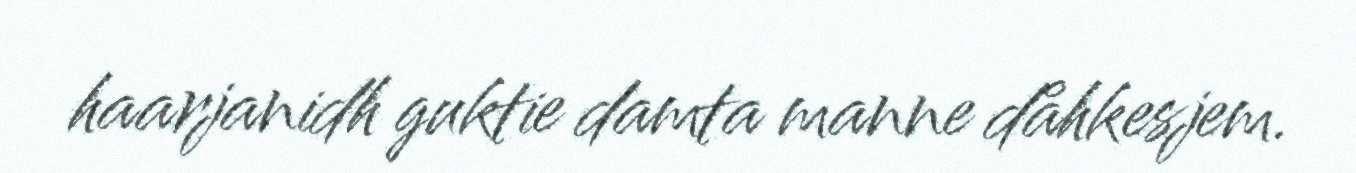
haarjanidh guktie damta manne dåhkesjem.